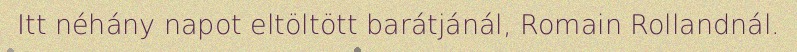
Itt néhány napot eltöltött barátjánál, Romain Rollandnál.